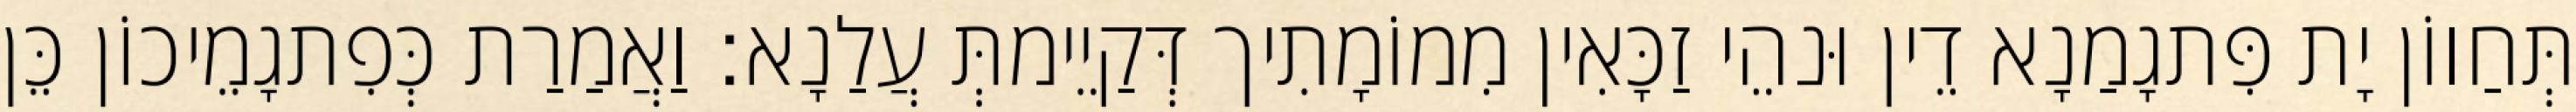
תְּחַווֹן יָת פִּתגָמַנָא דֵין וּנהֵי זַכָּאִין מִמוֹמָתִיך דְּקַיֵימתְּ עֲלַנָא׃ וַאֲמַרַת כְּפִתגָמֵיכוֹן כֵּן